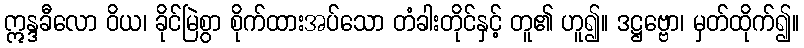
ဣန္ဒခီလော ဝိယ၊ ခိုင်မြဲစွာ စိုက်ထားအပ်သော တံခါးတိုင်နှင့် တူ၏ ဟူ၍။ ဒဋ္ဌဗ္ဗော၊ မှတ်ထိုက်၍။